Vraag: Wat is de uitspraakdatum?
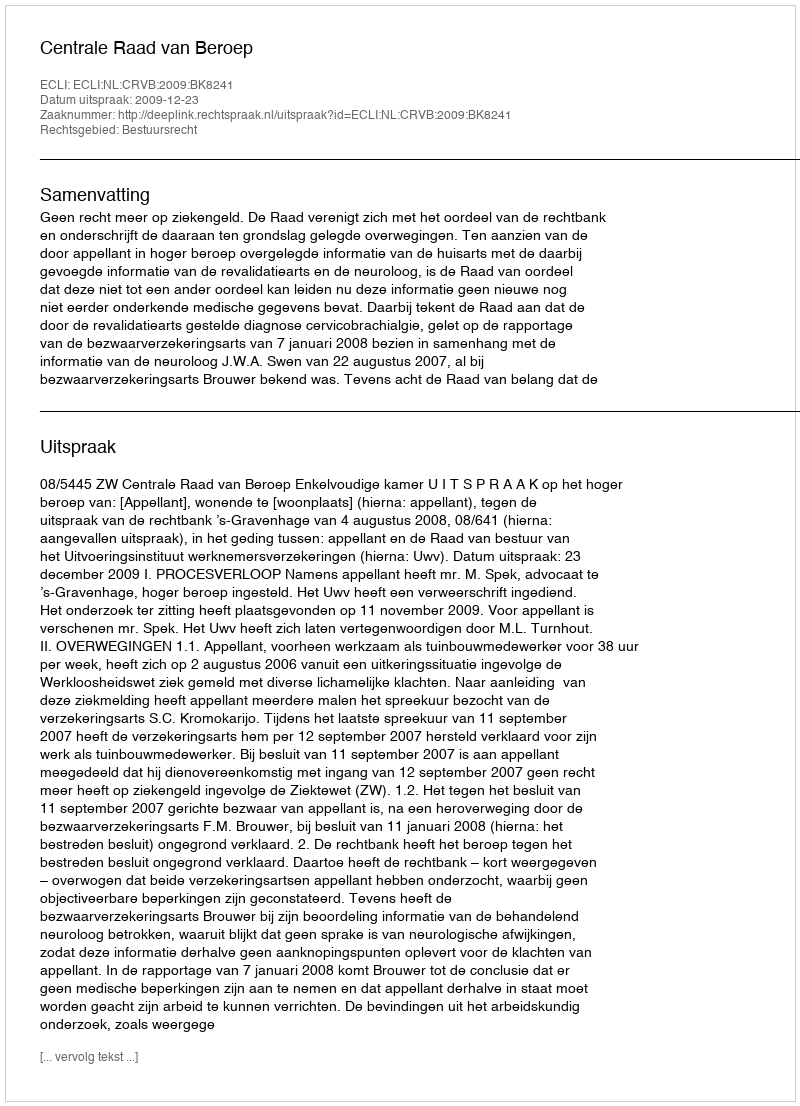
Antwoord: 2009-12-23